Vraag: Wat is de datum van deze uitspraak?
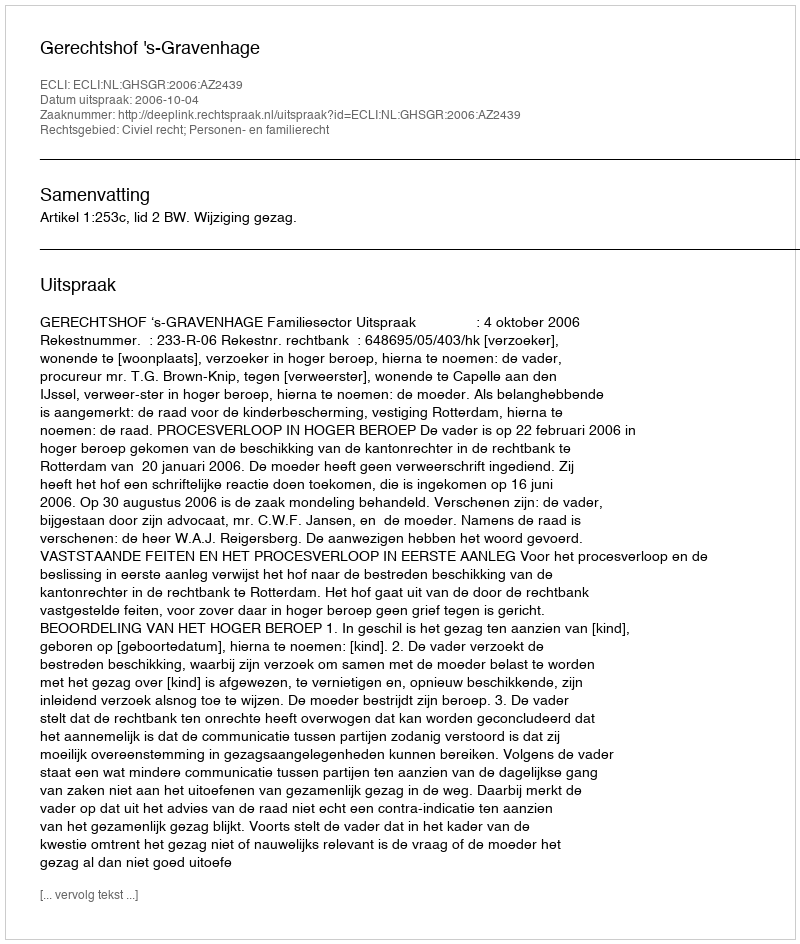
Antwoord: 2006-10-04